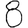
Digit: 8